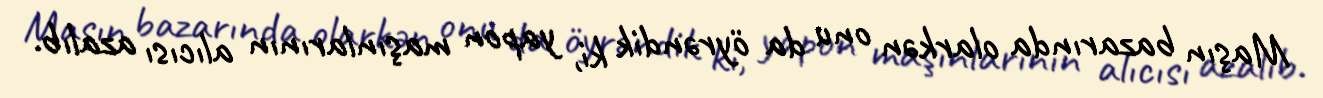
Maşın bazarında olarkən onu da öyrəndik ki, yapon maşınlarının alıcısı azalıb.